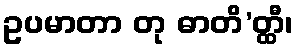
ဥပမာတာ တု ဓာတိ’တ္ထီ၊